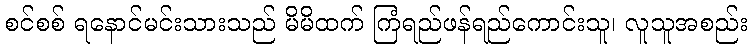
စင်စစ် ရနောင်မင်းသားသည် မိမိထက် ကြံရည်ဖန်ရည်ကောင်းသူ၊ လူသူအစည်း